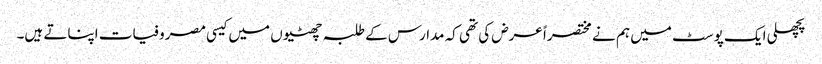
پچھلی ایک پوسٹ میں ہم نے مختصراً عرض کی تھی کہ مدارس کے طلبہ چھٹیوں میں کیسی مصروفیات اپناتے ہیں۔